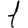
Digit: 1